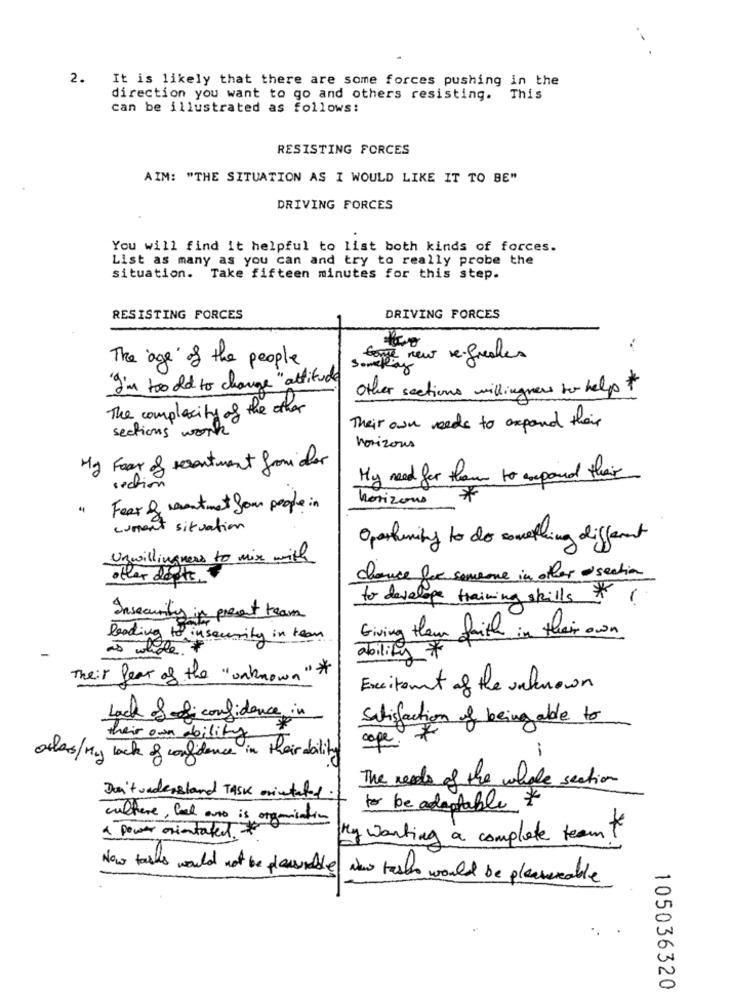
.-
2. It is likely that there are some forces pushing in the
direction you want to go and others resisting. This
can be illustrated as follows:
RESISTING FORCES
AIM: "THE SITUATION AS I WOULD LIKE IT TO BE"
DRIVING FORCES
You will find it helpful to list both kinds of forces.
List as many as you can and try to really probe the
situation. Take fifteen minutes for this step.
RESISTING FORCES
DRIVING FORCES
The age of the people
fame new re-frealles
Something
"I'm too old to change" attitude
Other sections willingness to help #
The complexity of the other
sections work
Their own reeds to expand their
horizons
My Fear of resentment from der
My need for them to expand their
section
horizons
*
Fear & resentment four people in
current situation
Oportunity to do something different
Unwillingness to mix with
other dopte.
chance for someone in aller - section
to develope training skills * 1
Insecurity in present team
Giving them faith in their own
leading to insecurity in team
as whole. *
ability *
Their fear of the "unknown"*
Excitement of the unknown
Lack fodi confidence in
satisfaction of being able to
their own ability
cope. *
odles/My lack of confidence in their ability
The needs of the whole section
Don't understand TASK orientated.
to be adaptable *
culture, feel euro is organisation
> power orientated *
My wanting a complete team to
Now talks would not be plausable Now reste would be pleaseable
105036320